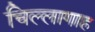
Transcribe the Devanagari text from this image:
चिल्लागाह